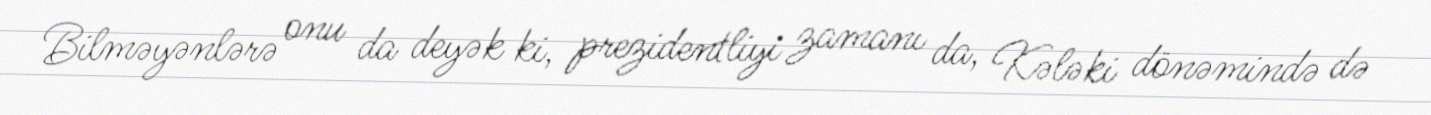
Bilməyənlərə onu da deyək ki, prezidentliyi zamanı da, Kələki dönəmində də